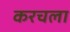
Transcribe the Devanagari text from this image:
करचला